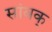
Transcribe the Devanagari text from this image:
सांवक्